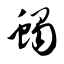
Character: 蝎